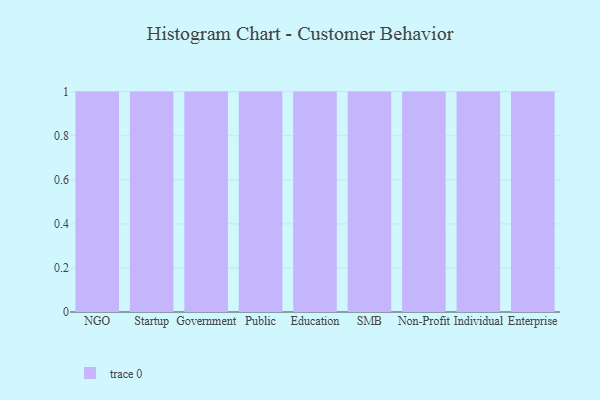
{"axis": {"x": "Segment", "y": "Revenue (USD Million)"}, "legend": [""], "data": [{"x": "NGO", "y": 3, "type": ""}, {"x": "Startup", "y": 72, "type": ""}, {"x": "Government", "y": 85, "type": ""}, {"x": "Public", "y": 39, "type": ""}, {"x": "Education", "y": 32, "type": ""}, {"x": "SMB", "y": 84, "type": ""}, {"x": "Non-Profit", "y": 85, "type": ""}, {"x": "Individual", "y": 41, "type": ""}, {"x": "Enterprise", "y": 97, "type": ""}]}